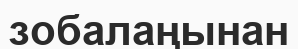
зобалаңынан